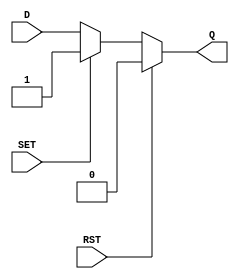
module async_register (
    input wire D,      // Data Input
    input wire SET,    // Asynchronous Set
    input wire RST,    // Asynchronous Reset
    output reg Q       // Data Output
);

    // Always block to handle asynchronous behavior
    always @(*) begin
        if (RST) begin
            Q = 1'b0; // Reset output to low
        end else if (SET) begin
            Q = 1'b1; // Set output to high
        end else begin
            Q = D; // Capture data input when neither SET nor RST is active
        end
    end

endmodule